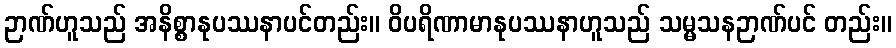
ဉာဏ်ဟူသည် အနိစ္စာနုပဿနာပင်တည်း။ ဝိပရိဏာမာနုပဿနာဟူသည် သမ္မသနဉာဏ်ပင် တည်း။